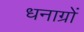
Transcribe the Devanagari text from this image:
धनाग्रों